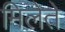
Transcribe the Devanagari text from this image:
मिलेते